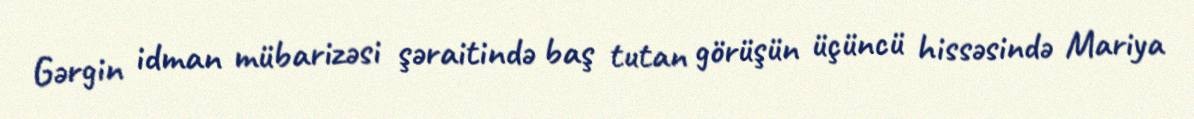
Gərgin idman mübarizəsi şəraitində baş tutan görüşün üçüncü hissəsində Mariya